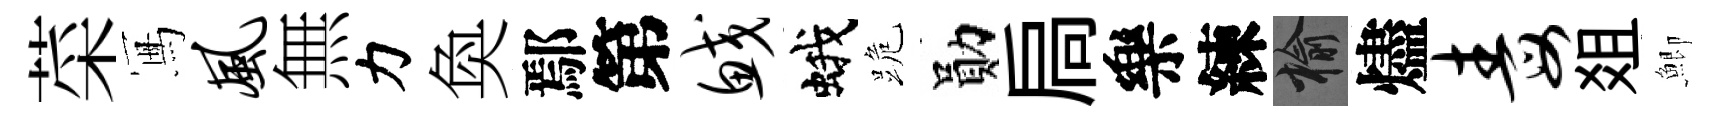
菜冩风無力奐鄢第鲛蛾跪勛扃樂練榆燼毒爼鯽